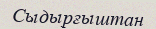
Сыдырғыштан